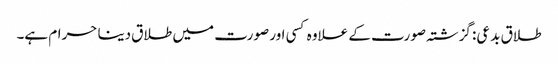
طلاق بدعی: گزشتہ صورت کے علاوہ کسی اور صورت میں طلاق دینا حرام ہے۔